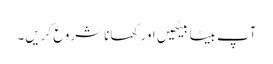
آپ بیٹا بیٹھیں اور کھانا شروع کریں۔